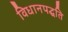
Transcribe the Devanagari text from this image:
विधानपद्धति